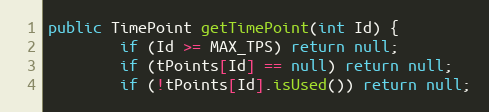
Language: Java
public TimePoint getTimePoint(int Id) {
		if (Id >= MAX_TPS) return null;
		if (tPoints[Id] == null) return null;
		if (!tPoints[Id].isUsed()) return null;